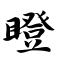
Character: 瞪